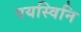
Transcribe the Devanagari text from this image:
पयस्विनि